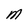
Character: M